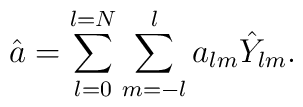
\hat{a}=\sum_{l=0}^{l=N}\sum_{m=-l}^{l}a_{lm}\hat{Y}_{lm}.